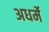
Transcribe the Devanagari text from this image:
अधर्मे